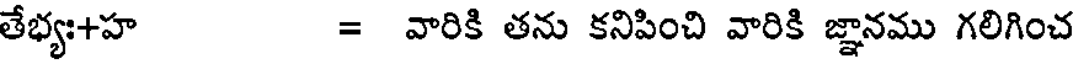
తేభ్యః+హ = వారికి తను కనిపించి వారికి జ్ఞానము గలిగించ